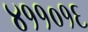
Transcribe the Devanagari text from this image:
४११०१६